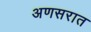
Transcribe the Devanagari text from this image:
अणसरात